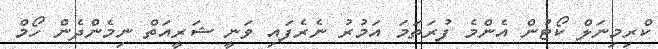
ކްރިމިނަލް ކޯޓުން އެންމެ ފުރަތަމަ އަމުރު ނެރެފައި ވަނީ ޝަރީއަތް ނިމެންދެން ހޯމް